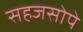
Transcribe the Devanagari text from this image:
सहजसोपे